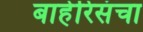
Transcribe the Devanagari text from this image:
बाहेरिसंचा